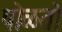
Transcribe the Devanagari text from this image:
पोळतो